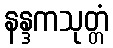
နန္ဒကသုတ္တံ